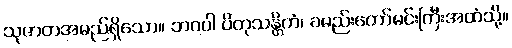
သုဇာတအမည်ရှိသော။ ဘဂဝါ ပိတုသန္တိကံ၊ ခမည်းတော်မင်းကြီးအထံသို့။